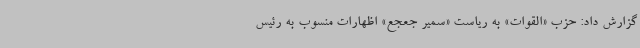
گزارش داد: حزب «القوات» به ریاست «سمیر جعجع» اظهارات منسوب به رئیس